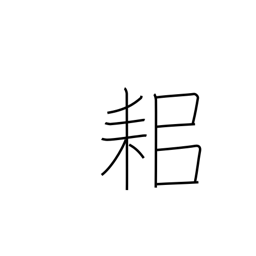
Meaning: plough